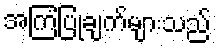
အကြံပြုချက်များသည်